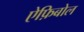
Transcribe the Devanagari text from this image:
ऐफ़िबोल